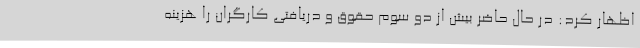
اظهار کرد: در حال حاضر بیش از دو سوم حقوق و دریافتی کارگران را هزینه